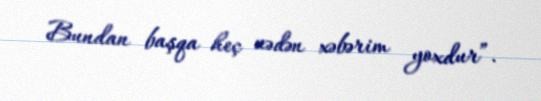
Bundan başqa heç nədən xəbərim yoxdur”.